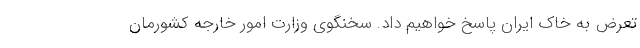
تعرض به خاک ایران پاسخ خواهیم داد. سخنگوی وزارت امور خارجه کشورمان